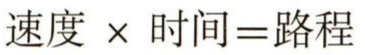
\(速度\times时间 = 路程\)